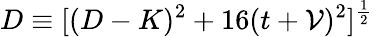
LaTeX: D\equiv[(D-K)^{2}+16(t+\mathcal{V})^{2}]^{\frac{{1}}{{2}}}